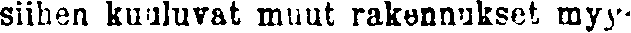
siihen kuuluvat muut rakennukset myy-